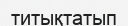
титықтатып